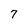
Character: 7